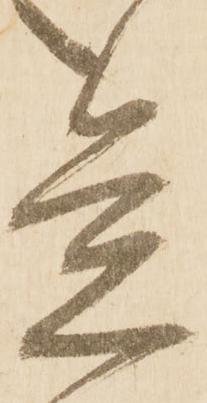
覚